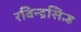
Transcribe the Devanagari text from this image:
रविन्द्रसिन्ह